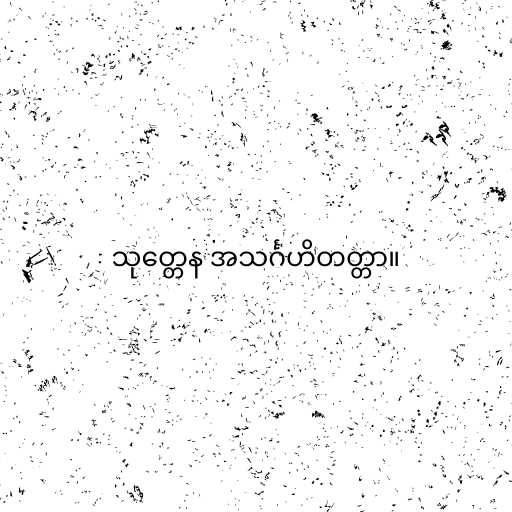
သုတ္တေန အသင်္ဂဟိတတ္တာ။